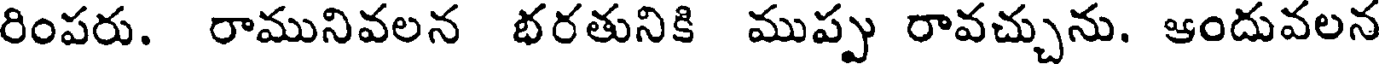
రింపరు. రామునివలన భరతునికి ముప్పు రావచ్చును. ఆందువలన